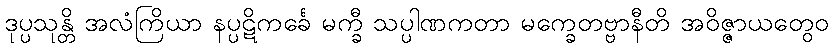
ဒုပ္ပသုန္တိ အလံကြိယာ နပ္ပဋိကင်္ခေ မက္ခီ သပ္ပါဏကတာ မက္ခေတဗ္ဗာနီတိ အဝိဇ္ဇာယတွေဝ